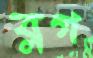
ব্লগ